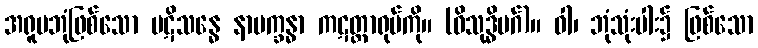
အရူပဘုံဖြစ်သော ပဋိသန္ဓေ နာမက္ခန္ဓာ ကဋတ္တာရုပ်ကို။ (ဝိသုဒ္ဓိမဂ်)။ ဝါ၊ ဘုံသုံးပါး၌ ဖြစ်သော